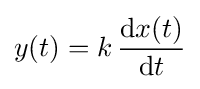
y(t)=k\,{\frac {\mathrm {d} x(t)}{\mathrm {d} t}}